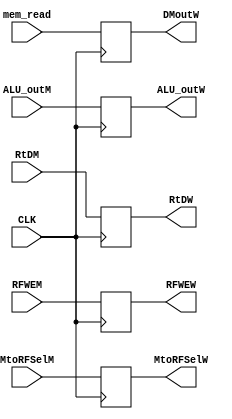
module Pipe_WB(
input CLK,
input RFWEM ,MtoRFSelM,
output reg RFWEW ,MtoRFSelW,

input [31:0] mem_read,
output reg [31:0] DMoutW,

input [31:0]  ALU_outM,
output reg [31:0]  ALU_outW,

input [4:0] RtDM,
output reg [4:0] RtDW

    );
    
    always @(posedge CLK) begin
    
    RFWEW <= RFWEM;
    MtoRFSelW <= MtoRFSelM;
    DMoutW <= mem_read;
    ALU_outW <= ALU_outM;
    RtDW <= RtDM; 
    end
   
   
   
   
//    always @(negedge CLK) begin
    
//    RFWEW <= RFWEM;
//    MtoRFSelW <= MtoRFSelM;
//    DMoutW <= mem_read;
//    ALU_outW <= ALU_outM;
//    RtDW <= RtDM; 
//    end
   
   
    
    
    
    
    
endmodule